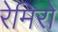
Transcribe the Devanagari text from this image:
रेमिरो